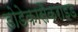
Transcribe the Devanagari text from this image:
डोडेकासैकराइड